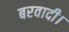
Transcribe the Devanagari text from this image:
बरवादी।